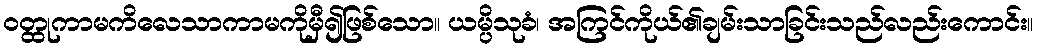
ဝတ္ထုကာမကိလေသာကာမကိုမှီ၍ဖြစ်သော။ ယမ္ပိသုခံ၊ အကြင်ကိုယ်၏ချမ်းသာခြင်းသည်လည်းကောင်း။